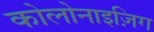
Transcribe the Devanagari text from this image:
कोलोनाइज़िग